Sexual cycle of Leucocytozoon canis in the tick - Number 28
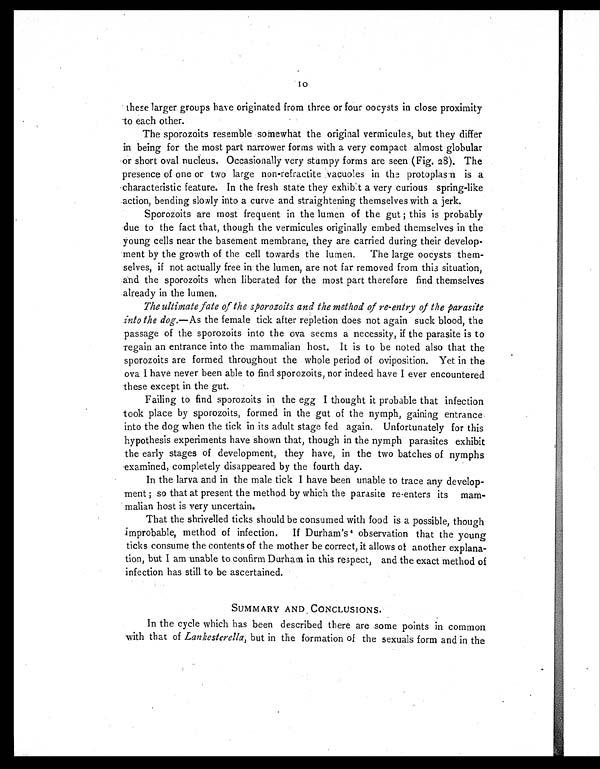
10
these larger groups have originated from three or four oocysts in close proximity
to each other.
The sporozoits resemble somewhat the original vermicules, but they differ
in being for the most part narrower forms with a very compact almost globular
or short oval nucleus. Occasionally very stumpy forms are seen (Fig. 28). The
presence of one or two large non-refractite vacuoles in the protoplasm is a
characteristic feature. In the fresh state they exhibit a very curious spring-like
action, bending slowly into a curve and straightening themselves with a jerk.
Sporozoits are most frequent in the lumen of the gut ; this is probably
due to the fact that, though the vermicules originally embed themselves in the
young cells near the basement membrane, they are carried during their develop-
ment by the growth of the cell towards the lumen. The large oocysts them-
selves, if not actually free in the lumen, are not far removed from this situation,
and the sporozoits when liberated for the most part therefore find themselves
already in the lumen.
The ultimate fate of the sporozoits and the method of re-entry of the parasite
into the dog. —As the female tick after repletion does not again suck blood, the
passage of the sporozoits into the ova seems a necessity, if the parasite is to
regain an entrance into the mammalian host. It is to be noted also that the
sporozoits are formed throughout the whole period of oviposition. Yet in the
ova I have never been able to find sporozoits, nor indeed have I ever encountered
these except in the gut.
Failing to find sporozoits in the egg I thought it probable that infection
took place by sporozoits, formed in the gut of the nymph, gaining entrance
into the dog when the tick in its adult stage fed again. Unfortunately for this
hypothesis experiments have shown that, though in the nymph parasites exhibit
the early stages of development, they have, in the two batches of nymphs
examined, completely disappeared by the fourth day.
In the larva and in the male tick I have been unable to trace any develop-
ment ; so that at present the method by which the parasite re-enters its mam-
malian host is very uncertain.
That the shrivelled ticks should be consumed with food is a possible, though
improbable, method of infection. If Durham's 4 observation that the young
ticks consume the contents of the mother be correct, it allows of another explana-
tion, but I am unable to confirm Durham in this respect, and the exact method of
infection has still to be ascertained.
SUMMARY AND CONCLUSIONS.
In the cycle which has been described there are some points in common
with that of Lankesterella, but in the formation of the sexuals form and in the